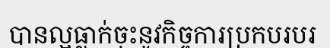
បានល្អធ្លាក់ចុះនូវកិច្ចការប្រកបរបរ